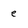
Character: e